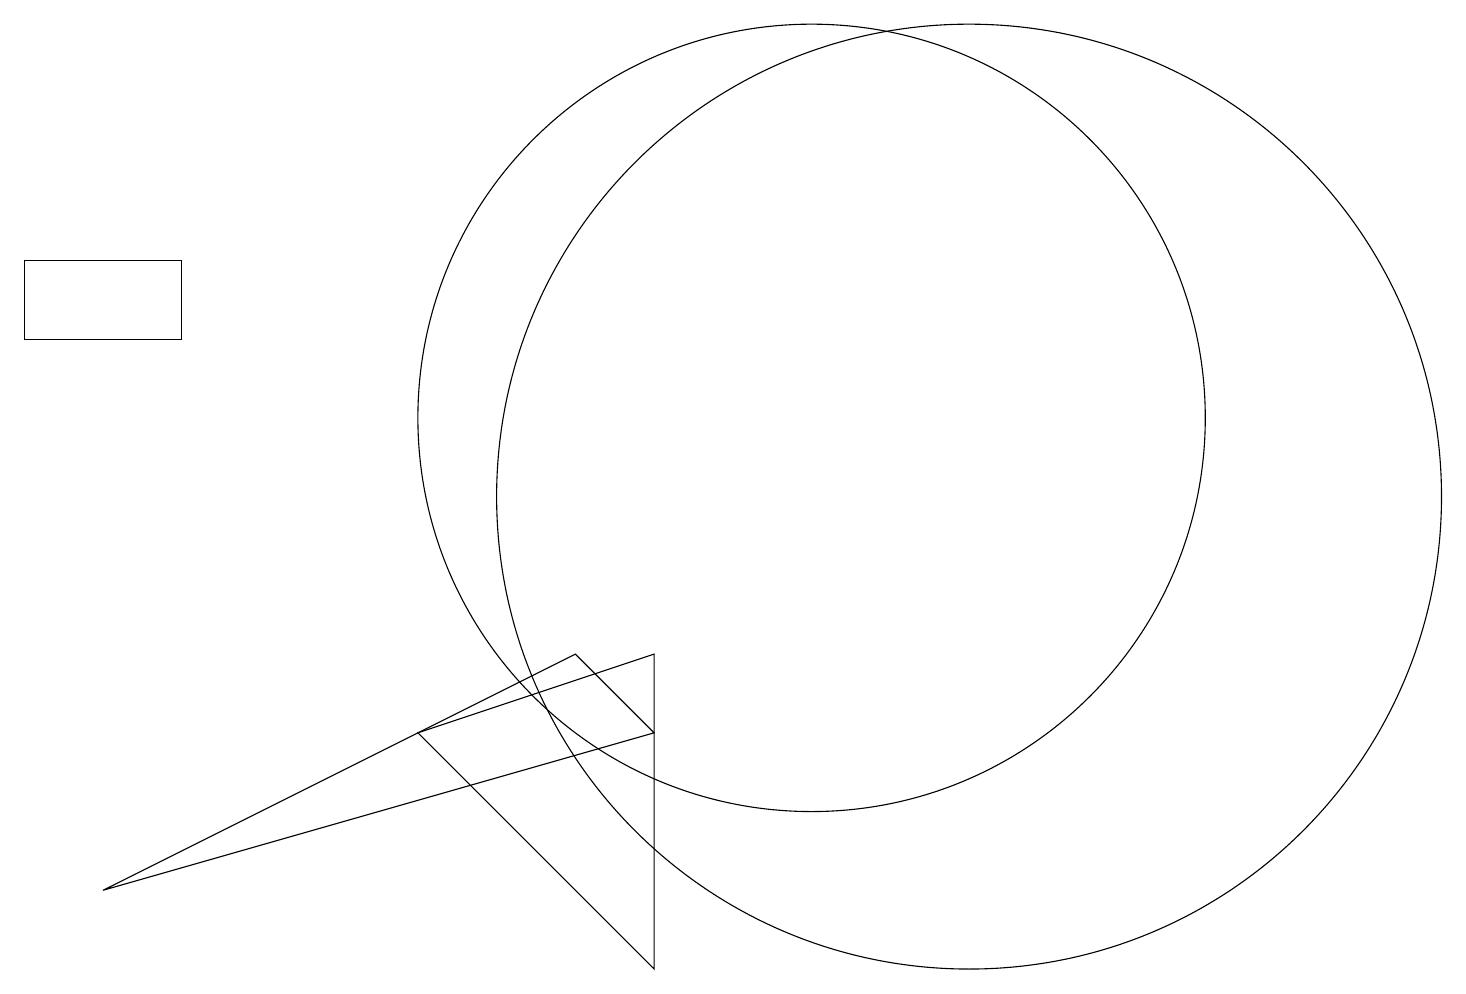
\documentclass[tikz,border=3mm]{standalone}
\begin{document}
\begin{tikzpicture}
\draw (10,11) circle (5);
\draw (8,4) -- (5,7) -- (8,8) -- cycle;
\draw (1,5) -- (7,8) -- (8,7) -- cycle;
\draw (12,10) circle (6);
\draw (2,12) rectangle (0,13);
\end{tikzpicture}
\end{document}